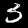
Digit: 3